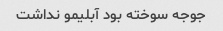
جوجه سوخته بود آبلیمو نداشت